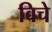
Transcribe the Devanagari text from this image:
विचे